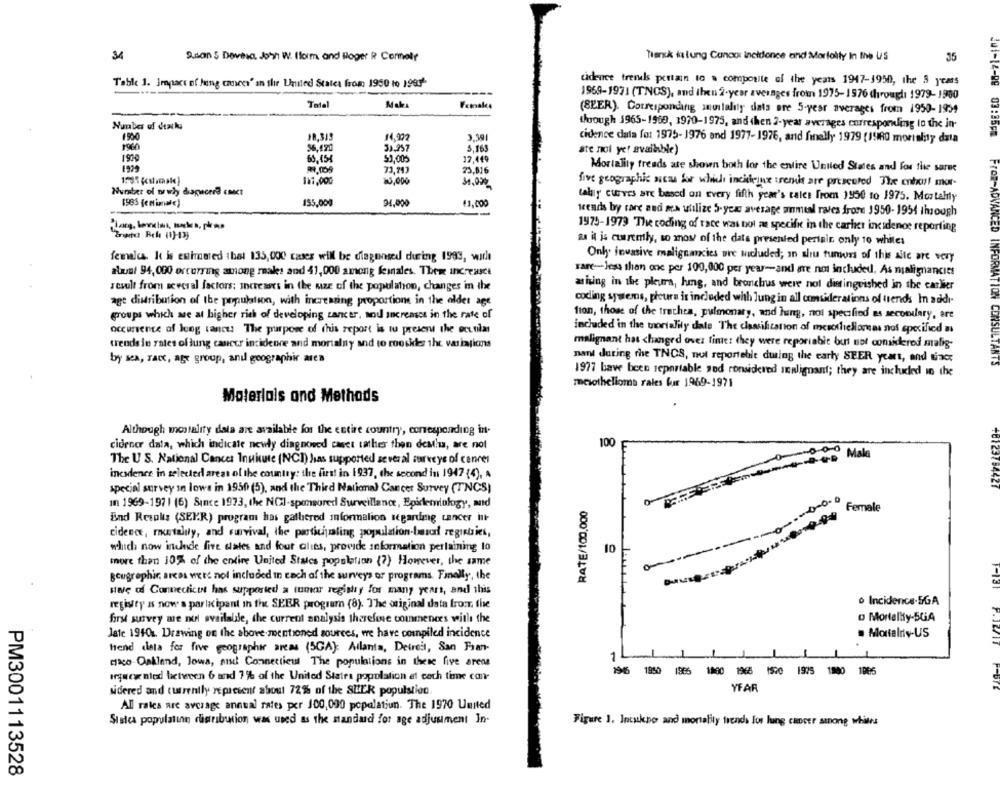
34
A.non 5 Doveha John W. Iform and Hoger R Cormoly
Tersk ilung Cancor incidence and Morfolily In the US
35
Table 1. Impact of lung cancer' an thir United States from 1950 to 19951
udence trends pertain to a composite of the years 1947-1950, the 5 years
1969-1971 (TNCS), and then 2-year averages from 1975-1976 through 1979-1980
Tatal
Mala
Female
(BEER). Corresponding snuitality data are 5-year averages from 1950-1959
Number of deaths
though 1965-1969, 1970-1975, and then 2-year averages corresponding lo the in-
14.992
3.391
cidence data fot 1975-1976 and 1977-1976, and finally 1979 (1960 mortality data
1960
006 1
$6.470
31,257
5,163
are not yet available)
65,454
$1,005
17.449
Mortality freads ate shown both for the entire United States and for the saree
1929
73,243
23,816
111,00℃
15,000
five geographic sucsu for which incideine tremis are prescored The enhoy! mor-
Hurstar of orwhy diapicard cact
taky curves are based on every fifth year's tales From 1950 to 1975. Mortally
1985 (c mianal€)
155,000
94,000
13,000
treads by care and ma utilize 5-year average ammeal raves from 1950- 1951 though
1975-1979 The coding of tace was bol me specifi in the carhet incidence reporting
as it is cusremly, so mow of the data presented pertain only to while:
females. k is euimated that 135,000 cases will be diagnosed during 1993, wirle
Only invasive malignancies are ascluded; an alou tumors of this site are very
abust 94,000 occurring among males and 41,000 among feinales. These Increase
rare-less than one per 100,000 per year-and are not included, As malignancies
result from several factors: Increases in the size of the population, changes in the
arising in the pleura, hig, and bronchus were not distinguished in the carlier
age distribution of the population, with increasing proportions in the older age
coding systems, pleura is included with Jung in all comsider ations of trends In addi.
groups which are at higher rith of developing tancer, and increases in the rate of
fion, those of the trachea, pulmonary, and lung, not specified es secondary, ere
occurrence of Jong tancu The purpose of this report is tu present the ecttilat
included in the mortalily dale The classification of mesotheliomas not specified a
trends in rates of lung cancer incideone and mortalny and to rooskler the variations
malignant has changed over time: they were reporiabit but not considered malig-
by sea, race, age group, and geographic area
nant during the TNOS, not reporteble during the early SEER years, and since
INFORMATION CONSULTANTS
1977 bave been seportable sod considered inalignant; they are included in the
mesothelioma rales bur 1969-1971
Materials and Methods
Although mortality dala are available for the entire country, corresponding in.
100
ciorner data, which indicate newly diagnosed caset tather then desia, are not
The U S. National Cancer Innicute (NCI) has supported several surveys of cancer
Mala
incidence in selected areas of the country: the first in 1937, the second in 1947 (4), A
special survey in lows in 1950 (5), and the Third National Cancer Survey (TNCS)
in 1969-197 | (6) Since 1973, the NCJ-sponsored Surveillance, Epidemiology, and
RATE/100,000
Female
End Retoks (SEPR) program has gallierod mformalion segardmg cancer int-
cidence, murtalily, and survival, the participating population-based registries,
which now include five states and four alies, provide information pertaining to
10
more than 10% of the entire United States population (7) However, the same
geographic, areas were not included in each of the surveys or programs. Finally, the
sere of Connecticut has supported a tumor registry for many years, and this
o Incidence-SGA
registy as now' s participant in the SEER program (8). The original data from the
o Mortality-5GA
first survey me nul available, the current analysis therefore commences with the
Jate 1910. Drawing on the above- mentioned sources, we have compiled incidence
. Mortalny-US
hend data for five geographer areas (5GA): Allants, Defreis, San Fran-
1L
caco Oakland, Jowa, sisd Connecticut The populations in these five areme
1945 1950 1866 1800 1968 1570 1905 1880 1006
legeeg nied licheeen 6 and 7% of the United States population et coch time con-
YFAR
Ndered and currently represent about 72% of the SLER population
All rates are average annual rates per 100,000 popalatiun. The 1970 United
Sistes populating distribution was used as the standard for age adjustment In-
Figure 1. Incukpo and mortality trends los lung cancer among whites
PM3001113528